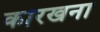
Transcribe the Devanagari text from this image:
कारखना